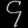
Digit: ၄